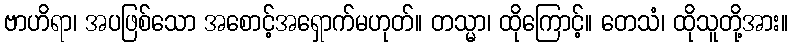
ဗာဟိရာ၊ အပဖြစ်သော အစောင့်အရှောက်မဟုတ်။ တသ္မာ၊ ထိုကြောင့်။ တေသံ၊ ထိုသူတို့အား။